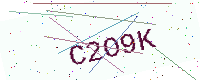
Text: C2O9K